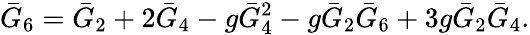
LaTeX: \bar{G}_{6}=\bar{G}_{2}+2\bar{G}_{4}-g\bar{G}_{4}^{2}-g\bar{G}_{2}\bar{G}_{6}+3g\bar{G}_{2}\bar{G}_{4}.